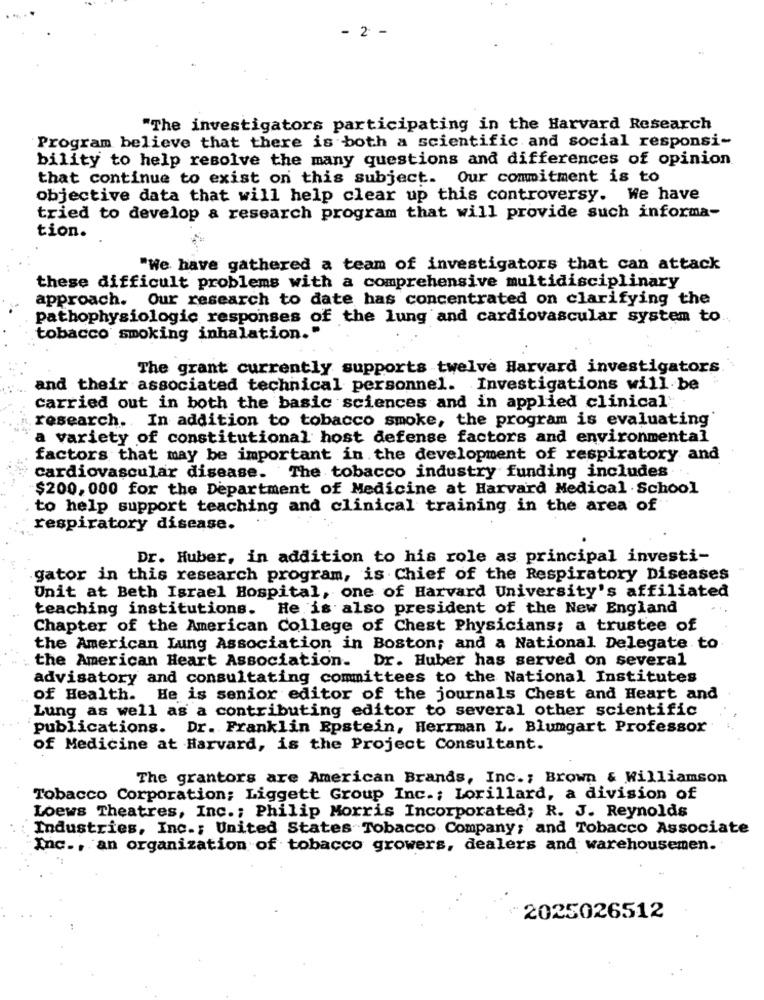
- 2 -
"The investigators participating in the Harvard Research
Program believe that there is both a scientific and social responsi-
bility to help resolve the many questions and differences of opinion
that continue to exist on this subject. Our commitment is to
objective data that will help clear up this controversy. We have
tried to develop a research program that will provide such informa-
tion.
"We have gathered a team of investigators that can attack
these difficult problems with a comprehensive multidisciplinary
approach. Our research to date has concentrated on clarifying the
pathophysiologic responses of the lung and cardiovascular system to
tobacco smoking inhalation."
The grant currently supports twelve Harvard investigators.
and their associated technical personnel. Investigations will be
carried out in both the basic sciences and in applied clinical:
research .. In addition to tobacco smoke, the program is evaluating
a variety of constitutional host defense factors and environmental
factors that may be important in the development of respiratory and
cardiovascular disease. The tobacco industry funding includes
$200, 000 for the Department of Medicine at Harvard Medical School
to help support teaching and clinical training in the area of
respiratory disease.
Dr. Huber, in addition to his role as principal investi-
gator in this research program, is Chief of the Respiratory Diseases
Unit at Beth Israel Hospital, one of Harvard University's affiliated
teaching institutions. He is also president of the New England
Chapter of the American College of Chest Physicians; a trustee of
the American Lung Association in Boston; and a National Delegate to
the American Heart Association. Dr. Huber has served on several
advisatory and consultating committees to the National Institutes
of Health. He is senior editor of the journals Chest and Heart and
Lung as well as a contributing editor to several other scientific
publications.
Dr. Franklin Epstein, Herrman L. Blumgart Professor
of Medicine at Harvard, is the Project Consultant.
The grantors are American Brands, Inc .; Brown & Williamson
Tobacco Corporation; Liggett Group Inc .; Lorillard, a division of
Loews Theatres, Inc .; Philip Morris Incorporated; R. J. Reynolds
Industries, Inc .; United States Tobacco Company; and Tobacco Associate
Inc ., an organization of tobacco growers, dealers and warehousemen.
2025026512